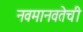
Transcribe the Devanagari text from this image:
नवमानवतेची